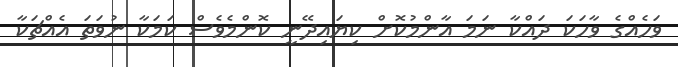
ވަހެއްގެ ވާހަކަ ދައްކާ ނަމަ އާންމުކޮށް ކިޔައިދޭނީ ކޮންމެވެސް ކަމަކާ ނުވަތަ އެއްޗަކާ